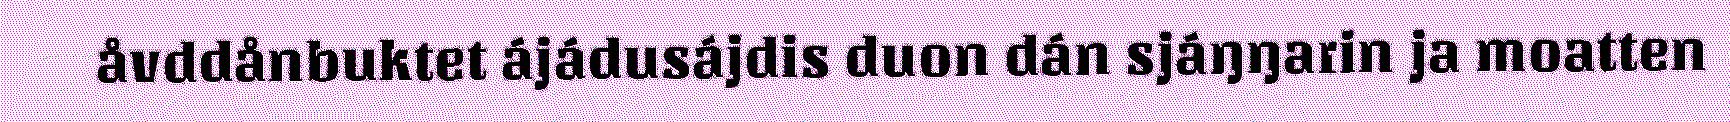
åvddånbuktet ájádusájdis duon dán sjáŋŋarin ja moatten